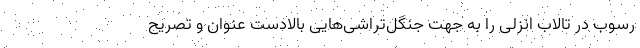
رسوب در تالاب انزلی را به جهت جنگل‌تراشی‌هایی بالادست عنوان و تصریح